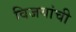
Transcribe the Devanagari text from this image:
विजयांची